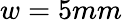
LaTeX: w=5mm